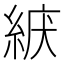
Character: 𦀫